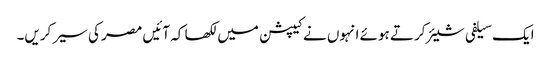
ایک سیلفی شیئر کرتے ہوئے انہوں نے کیپشن میں لکھا کہ آئیں مصر کی سیر کریں۔